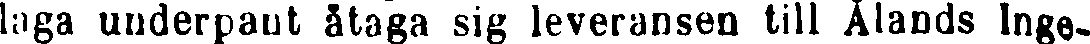
laga underpant åtaga sig leveransen till Ålands Inge-